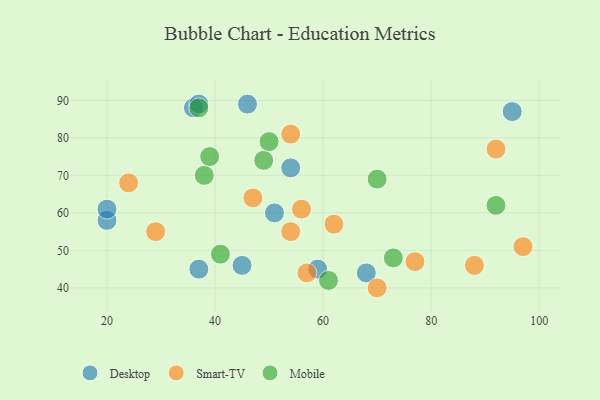
{"axis": {"x": "GDP", "y": "Life Expectancy"}, "legend": ["Desktop", "Mobile", "Smart-TV"], "data": [{"x": "37", "y": 45, "type": "Desktop"}, {"x": "20", "y": 58, "type": "Desktop"}, {"x": "54", "y": 72, "type": "Desktop"}, {"x": "59", "y": 45, "type": "Desktop"}, {"x": "20", "y": 61, "type": "Desktop"}, {"x": "68", "y": 44, "type": "Desktop"}, {"x": "36", "y": 88, "type": "Desktop"}, {"x": "45", "y": 46, "type": "Desktop"}, {"x": "95", "y": 87, "type": "Desktop"}, {"x": "37", "y": 89, "type": "Desktop"}, {"x": "46", "y": 89, "type": "Desktop"}, {"x": "51", "y": 60, "type": "Desktop"}, {"x": "24", "y": 68, "type": "Smart-TV"}, {"x": "29", "y": 55, "type": "Smart-TV"}, {"x": "54", "y": 81, "type": "Smart-TV"}, {"x": "54", "y": 55, "type": "Smart-TV"}, {"x": "47", "y": 64, "type": "Smart-TV"}, {"x": "88", "y": 46, "type": "Smart-TV"}, {"x": "70", "y": 40, "type": "Smart-TV"}, {"x": "57", "y": 44, "type": "Smart-TV"}, {"x": "56", "y": 61, "type": "Smart-TV"}, {"x": "77", "y": 47, "type": "Smart-TV"}, {"x": "62", "y": 57, "type": "Smart-TV"}, {"x": "97", "y": 51, "type": "Smart-TV"}, {"x": "92", "y": 77, "type": "Smart-TV"}, {"x": "37", "y": 88, "type": "Mobile"}, {"x": "41", "y": 49, "type": "Mobile"}, {"x": "70", "y": 69, "type": "Mobile"}, {"x": "92", "y": 62, "type": "Mobile"}, {"x": "49", "y": 74, "type": "Mobile"}, {"x": "61", "y": 42, "type": "Mobile"}, {"x": "50", "y": 79, "type": "Mobile"}, {"x": "73", "y": 48, "type": "Mobile"}, {"x": "39", "y": 75, "type": "Mobile"}, {"x": "38", "y": 70, "type": "Mobile"}]}